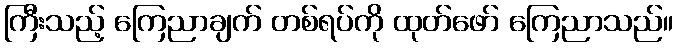
ကြီးသည့် ကြေညာချက် တစ်ရပ်ကို ထုတ်ဖော် ကြေညာသည်။